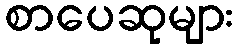
စာပေဆုများ